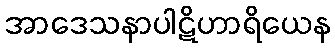
အာဒေသနာပါဋိဟာရိယေန